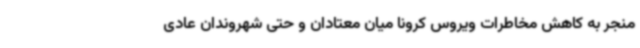
منجر به کاهش مخاطرات ویروس کرونا میان معتادان و حتی شهروندان عادی